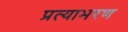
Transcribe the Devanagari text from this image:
प्रत्याभरण